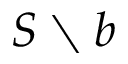
S \setminus b